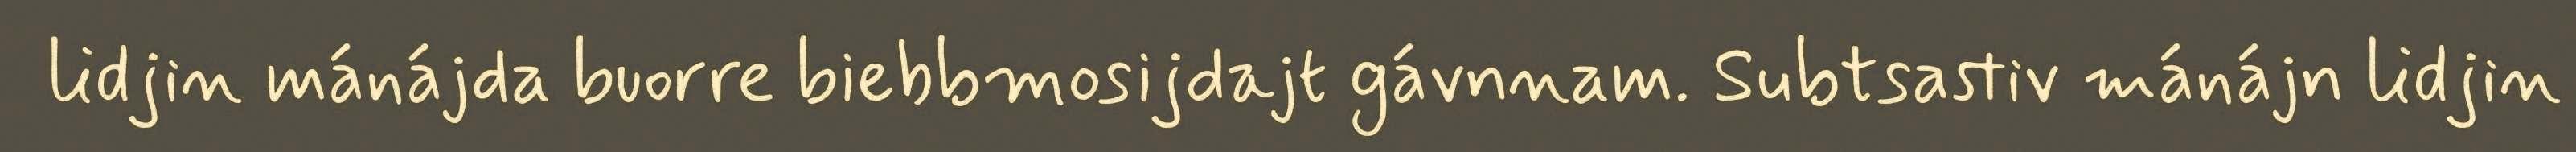
lidjin mánájda buorre biebbmosijdajt gávnnam. Subtsastiv mánájn lidjin